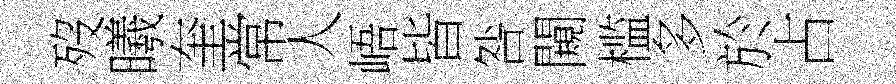
歿曦奎常人峿皆咎闚槛多於占